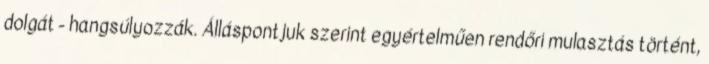
dolgát - hangsúlyozzák. Álláspontjuk szerint egyértelműen rendőri mulasztás történt,